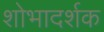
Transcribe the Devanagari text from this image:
शोभादर्शक